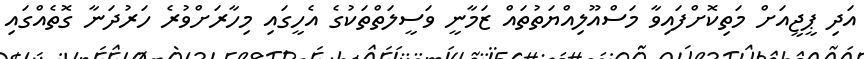
އަދި ޕީޖީއަށް މަތިކޮށްފައިވާ މަސްއޫލިއްޔަތުތައް ޒަމާނީ ވަސީލަތްތަކުގެ އެހީގައި މިހާރަށްވުރެ ހަރުދަނާ ގޮތެއްގައި